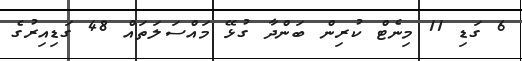
6 ގަޑި 11 މިނެޓް ކުރިން ބަންދާ ގުޅޭ މައްސަލަތައް 48 ގަޑިއިރުގެ